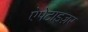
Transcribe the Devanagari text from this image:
ऐपेटाइज़र